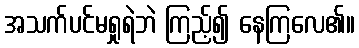
အသက်ပင်မရှုရဲဘဲ ကြည့်၍ နေကြလေ၏။